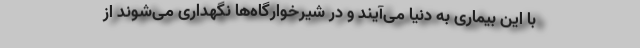
با این بیماری به دنیا می‌آیند و در شیرخوارگاه‌ها نگهداری می‌شوند از